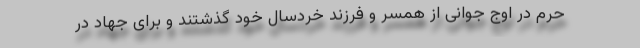
حرم در اوج جوانی از همسر و فرزند خردسال خود گذشتند و برای جهاد در